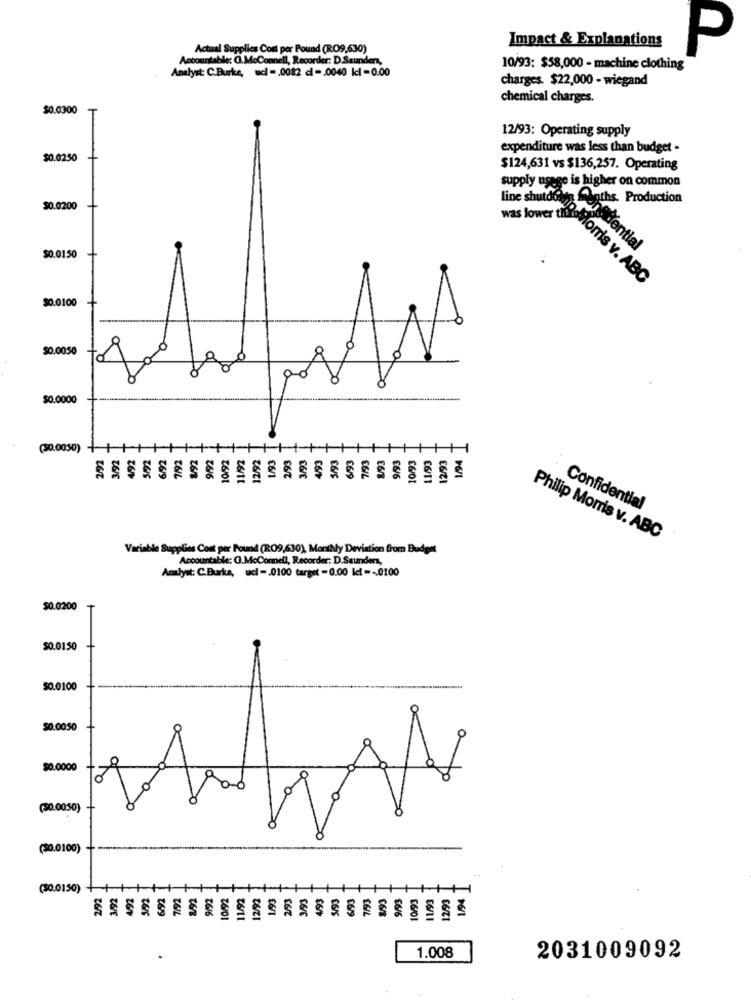
Impact & Explanations
Actual Supplies Com per Pound (RO9,630)
P
Accountable: (.McConnell, Recorder: D.Saunders,
Analyst: C.Burke, wdl - . 0082 cl -. 0040 kcl = 0.00
10/93: $58,000 - machine clothing
charges. $22,000 - wiegand
chemical charges.
$0.0300
12/93: Operating supply
expenditure was less than budget -
$0.0250
$124,631 vs $136,257. Operating
supply usage is higher on common
Synths. Production
$0.0200
line shutdens. dential
$0.0150
Was lower this forris v. ABC
$0.0100
$0.0050
of
$0.0000
(30.0050) ++++
++
1/94
16/9
361L
6/8
E6/6
£6/01
Confidential
Philip Morris v. ABC
Variable Supplies Cont per Pound (RO9,630), Monthly Deviation from Budget
Accountable: G.McConnell, Recorder: D.Saunders,
Analyst: C.Burke, ucl -- 0100 target -0.00 k! -- 0100
$0.0200
$0.0150
$0.0100
$0.0050
$0.0000
(50.0050)
(50.0100)
(50.0150)
26
26/6
1.008
2031009092